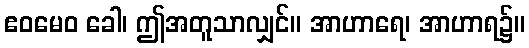
ဧဝမေဝ ခေါ၊ ဤအတူသာလျှင်။ အာဟာရေ၊ အာဟာရ၌။